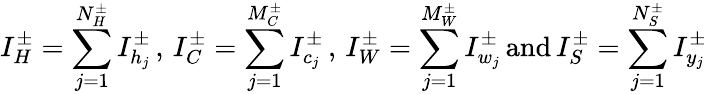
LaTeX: I_{H}^{\pm}=\sum_{j=1}^{N_{H}^{\pm}}I_{h_{j}}^{\pm}\, ,\, I_{C}^{\pm}=\sum_{j=1}^{M_{C}^{\pm}}I_{c_{j}}^{\pm}\, ,\, I_{W}^{\pm}=\sum_{j=1}^{M_{W}^{\pm}}I_{w_{j}}^{\pm}\, \mathrm{and}\, I_{S}^{\pm}=\sum_{j=1}^{N_{S}^{\pm}}I_{y_{j}}^{\pm}